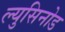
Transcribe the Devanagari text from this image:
ल्युसिनोड